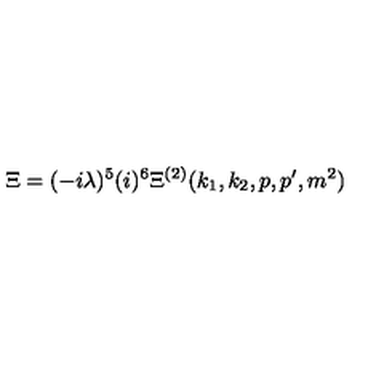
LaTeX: \Xi = ( - i \lambda ) ^ { 5 } ( i ) ^ { 6 } \Xi ^ { ( 2 ) } ( k _ { 1 } , k _ { 2 } , p , p ^ { \prime } , m ^ { 2 } )